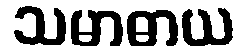
သမာဓာယ